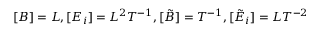
[ B ] = L , [ E _ { i } ] = L ^ { 2 } T ^ { - 1 } , [ \tilde { B } ] = T ^ { - 1 } , [ \tilde { E } _ { i } ] = L T ^ { - 2 }